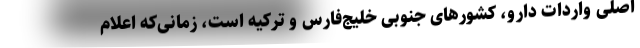
اصلی واردات دارو، کشورهای جنوبی خلیج‌فارس و ترکیه است، زمانی‌که اعلام